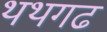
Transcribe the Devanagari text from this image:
थथगढ